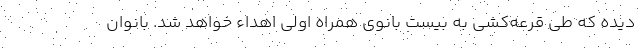
دیده که طی قرعه‌کشی به بیست بانوی همراه اولی اهداء خواهد شد. بانوان